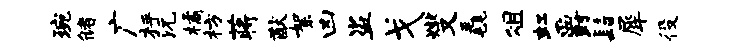
琬储广枰沅橘枋蒋猷絮凶盗戈燮毳俎虹爵髫犀役